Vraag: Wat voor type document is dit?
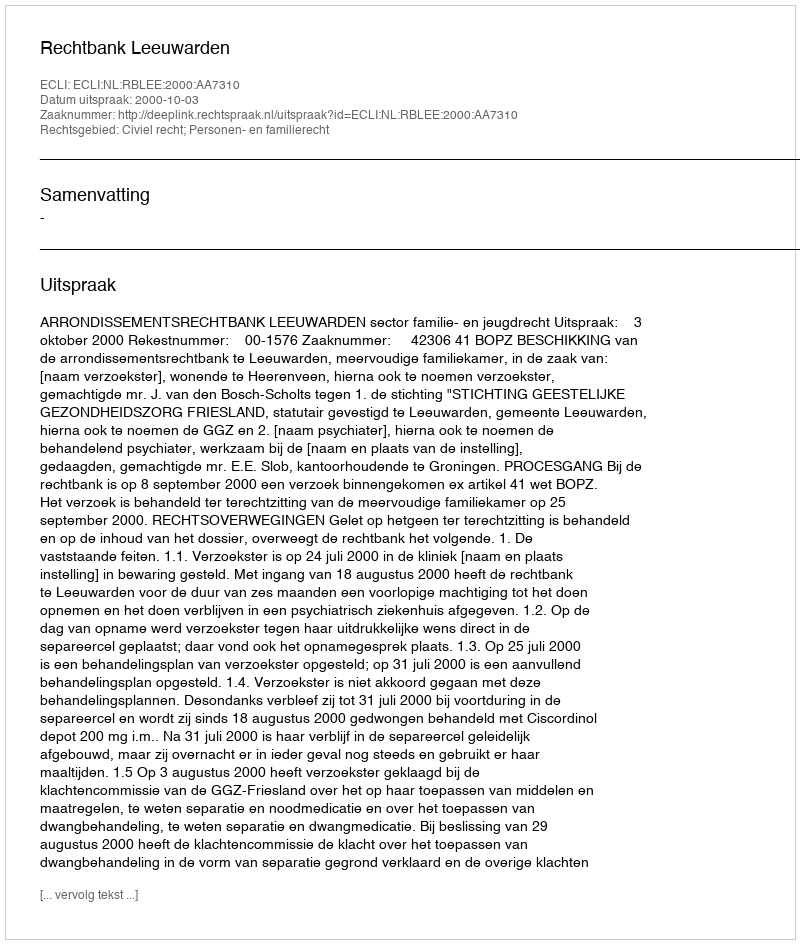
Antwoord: Uitspraak